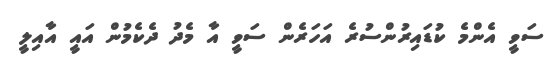
ސަވީ އެންމެ ކުޑައިރުންސުރެ އަހަރެން ސަވީ އާ މެދު ދެކެމުން އައީ އާއިލީ